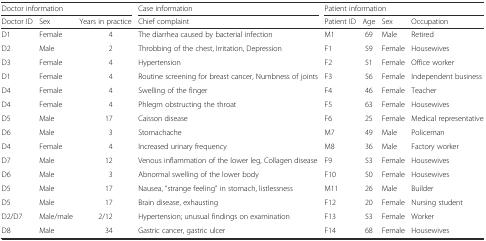
<table><thead><tr><td colspan="3"><b>Doctor information</b></td><td><b>Case information</b></td><td colspan="4"><b>Patient information</b></td></tr><tr><td><b>Doctor ID</b></td><td><b>Sex</b></td><td><b>Years in practice</b></td><td><b>Chief complaint</b></td><td><b>Patient ID</b></td><td><b>Age</b></td><td><b>Sex</b></td><td><b>Occupation</b></td></tr></thead><tbody><tr><td>D1</td><td>Female</td><td>4</td><td>The diarrhea caused by bacterial infection</td><td>M1</td><td>69</td><td>Male</td><td>Retired</td></tr><tr><td>D2</td><td>Male</td><td>2</td><td>Throbbing of the chest, Irritation, Depression</td><td>F1</td><td>59</td><td>Female</td><td>Housewives</td></tr><tr><td>D3</td><td>Female</td><td>4</td><td>Hypertension</td><td>F2</td><td>51</td><td>Female</td><td>Office worker</td></tr><tr><td>D1</td><td>Female</td><td>4</td><td>Routine screening for breast cancer, Numbness of joints</td><td>F3</td><td>56</td><td>Female</td><td>Independent business</td></tr><tr><td>D4</td><td>Female</td><td>4</td><td>Swelling of the finger</td><td>F4</td><td>46</td><td>Female</td><td>Teacher</td></tr><tr><td>D4</td><td>Female</td><td>4</td><td>Phlegm obstructing the throat</td><td>F5</td><td>63</td><td>Female</td><td>Housewives</td></tr><tr><td>D5</td><td>Male</td><td>17</td><td>Caisson disease</td><td>F6</td><td>25</td><td>Female</td><td>Medical representative</td></tr><tr><td>D6</td><td>Male</td><td>3</td><td>Stomachache</td><td>M7</td><td>49</td><td>Male</td><td>Policeman</td></tr><tr><td>D4</td><td>Female</td><td>4</td><td>Increased urinary frequency</td><td>M8</td><td>36</td><td>Male</td><td>Factory worker</td></tr><tr><td>D7</td><td>Male</td><td>12</td><td>Venous inflammation of the lower leg, Collagen disease</td><td>F9</td><td>53</td><td>Female</td><td>Housewives</td></tr><tr><td>D6</td><td>Male</td><td>3</td><td>Abnormal swelling of the lower body</td><td>F10</td><td>50</td><td>Female</td><td>Housewives</td></tr><tr><td>D5</td><td>Male</td><td>17</td><td>Nausea, “strange feeling” in stomach, listlessness</td><td>M11</td><td>26</td><td>Male</td><td>Builder</td></tr><tr><td>D5</td><td>Male</td><td>17</td><td>Brain disease, exhausting</td><td>F12</td><td>20</td><td>Female</td><td>Nursing student</td></tr><tr><td>D2/D7</td><td>Male/male</td><td>2/12</td><td>Hypertension; unusual findings on examination</td><td>F13</td><td>53</td><td>Female</td><td>Worker</td></tr><tr><td>D8</td><td>Male</td><td>34</td><td>Gastric cancer, gastric ulcer</td><td>F14</td><td>68</td><td>Female</td><td>Housewives</td></tr></tbody></table>